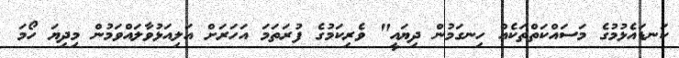
ކަނޑައެޅުމުގެ މަސައްކަތްތަކެއް ހިނގަމުން ދިޔައީ" ވެރިކަމުގެ ފުރަތަމަ އަހަރަށް އަލިއަޅުވާލައްވަމުން މިދިޔަ ހޯމަ